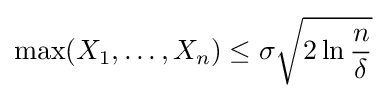
\max(X_{1},\dots ,X_{n})\leq \sigma {\sqrt {2\ln {\frac {n}{\delta }}}}